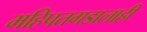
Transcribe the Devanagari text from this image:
महिपतगडालाही